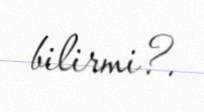
bilirmi?.